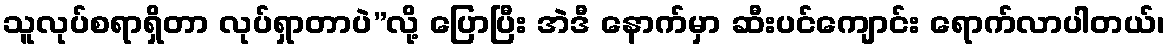
သူလုပ်စရာရှိတာ လုပ်ရှာတာပဲ”လို့ ပြောပြီး အဲဒီ နောက်မှာ ဆီးပင်ကျောင်း ရောက်လာပါတယ်၊